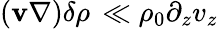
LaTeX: (\mathbf{v}\nabla)\delta\rho\, \ll\rho_{0}\partial_{z}v_{z}